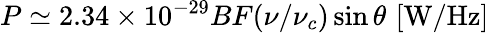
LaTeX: P\simeq 2.34\times 10^{-29}BF(\nu/\nu_{c})\sin\theta\, \, \mathrm{[W/Hz]}